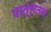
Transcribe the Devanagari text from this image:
पात्रातच